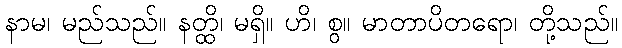
နာမ၊ မည်သည်။ နတ္ထိ၊ မရှိ။ ဟိ၊ စွ။ မာတာပိတရော၊ တို့သည်။